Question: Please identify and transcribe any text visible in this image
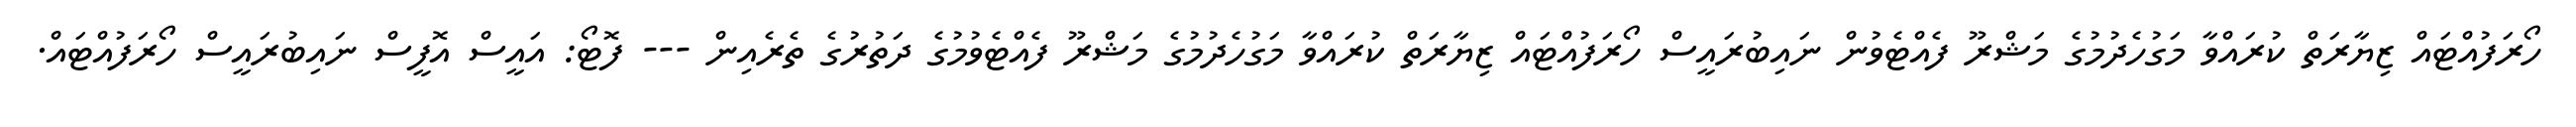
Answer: ހޯރަފުއްޓައް ޒިޔާރަތް ކުރައްވާ މަގުހެދުމުގެ މަޝްރޫ ފެއްޓެވުން ނައިބުރައީސް ހޯރަފުއްޓައް ޒިޔާރަތް ކުރައްވާ މަގުހެދުމުގެ މަޝްރޫ ފެއްޓެވުމުގެ ދަތުރުގެ ތެރެއިން --- ފޮޓޯ: އައީސް އޮފީސް ނައިބުރައީސް ހޯރަފުއްޓައް.